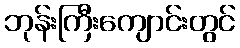
ဘုန်းကြီးကျောင်းတွင်